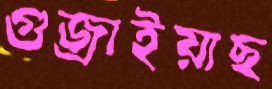
গুজ্‌রাইয়াছ